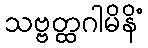
သဗ္ဗတ္ထဂါမိနိံ